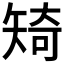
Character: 𥏜